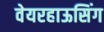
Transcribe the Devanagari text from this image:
वेयरहाऊसिंग